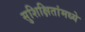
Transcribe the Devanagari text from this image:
सुशिक्षितांमध्ये